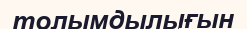
толымдылығын